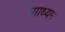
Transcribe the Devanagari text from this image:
मााध्यम